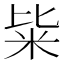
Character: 粊